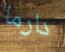
دارما